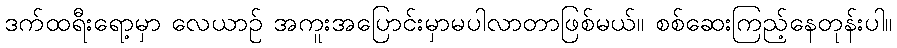
ဒက်ထရီးရော့မှာ လေယာဉ် အကူးအပြောင်းမှာမပါလာတာဖြစ်မယ်။ စစ်ဆေးကြည့်နေတုန်းပါ။